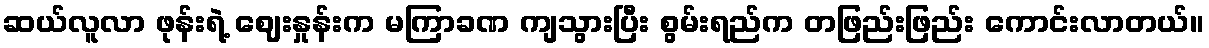
ဆယ်လူလာ ဖုန်းရဲ့ ဈေးနှုန်းက မကြာခဏ ကျသွားပြီး စွမ်းရည်က တဖြည်းဖြည်း ကောင်းလာတယ်။